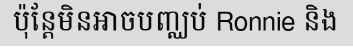
ប៉ុន្តែមិនអាចបញ្ឈប់ Ronnie និង